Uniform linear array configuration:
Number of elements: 48
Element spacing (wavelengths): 0.25
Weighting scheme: hamming
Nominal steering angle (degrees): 60
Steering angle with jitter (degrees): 58.251
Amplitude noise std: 0.05
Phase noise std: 0.05

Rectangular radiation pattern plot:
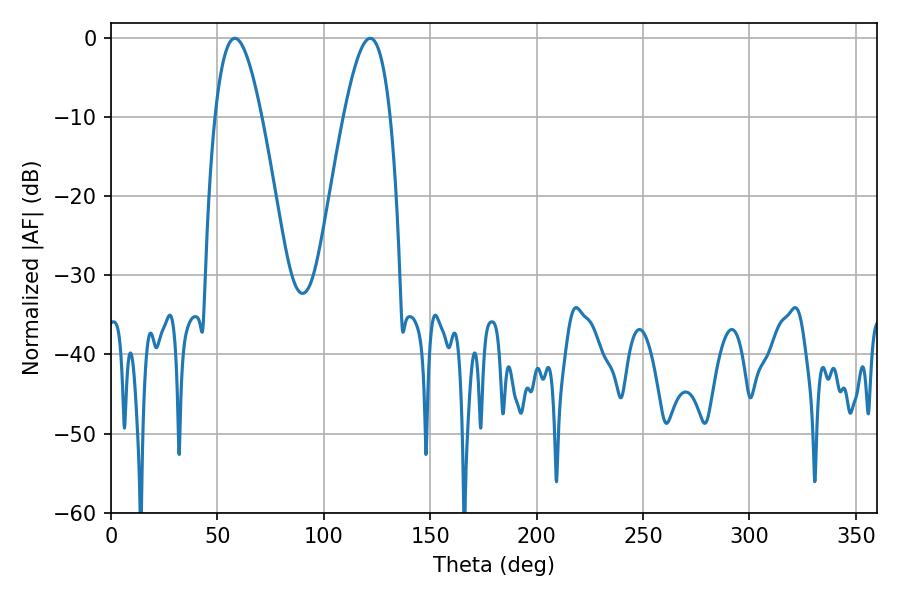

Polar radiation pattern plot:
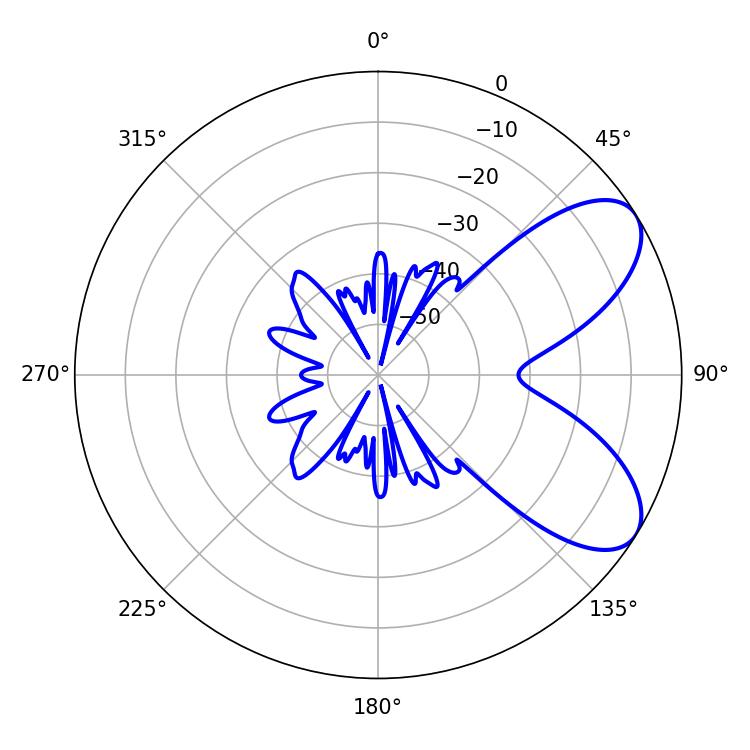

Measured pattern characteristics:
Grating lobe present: FALSE
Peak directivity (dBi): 7.15
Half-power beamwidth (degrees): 11.88
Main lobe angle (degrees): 58.14